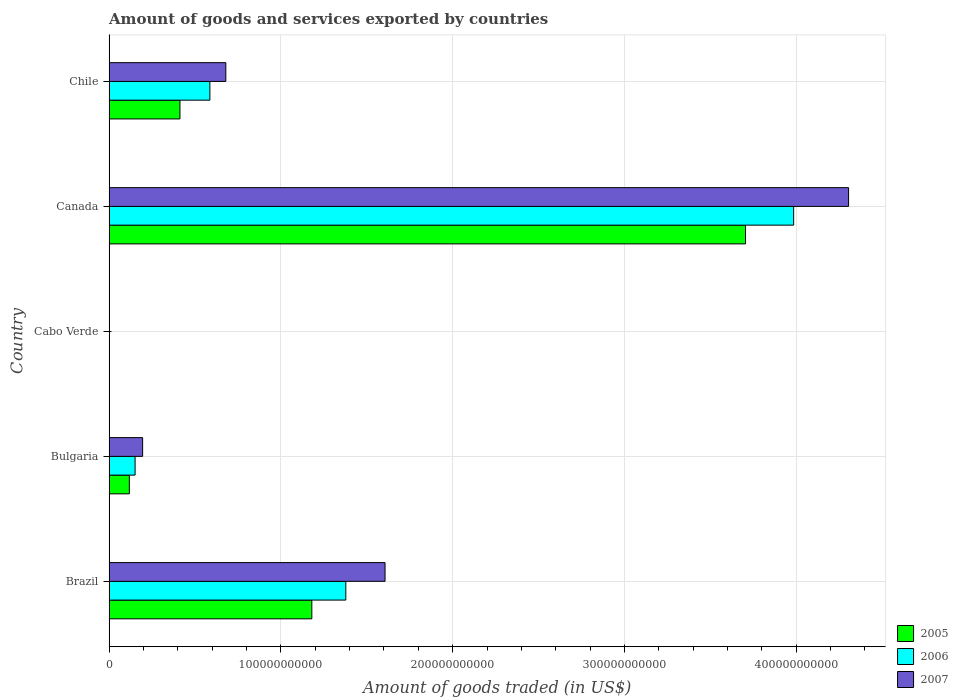
| Country | 2005 | 2006 | 2007 |
 | --- | --- | --- | --- |
 | Brazil | 1.18e+11 | 1.38e+11 | 1.61e+11 |
 | Bulgaria | 1.18e+10 | 1.52e+10 | 1.95e+10 |
 | Cabo Verde | 7.71e+07 | 8.58e+07 | 6.97e+07 |
 | Canada | 3.7e+11 | 3.99e+11 | 4.3e+11 |
 | Chile | 4.13e+10 | 5.87e+10 | 6.8e+10 |